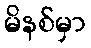
မိနစ်မှာ